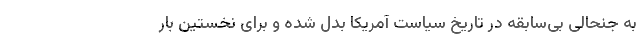
به جنحالی بی‌سابقه در تاریخ سیاست آمریکا بدل شده و برای نخستین بار